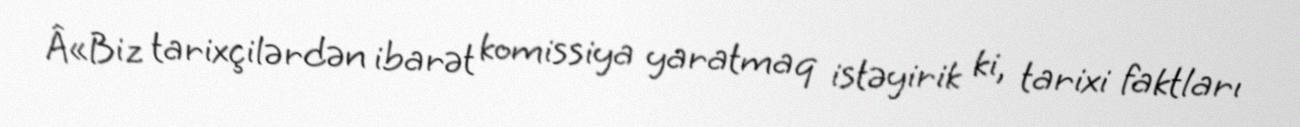
Â«Biz tarixçilərdən ibarət komissiya yaratmaq istəyirik ki, tarixi faktları